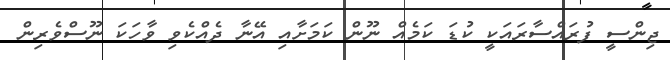
ޖިންސީ ފުރައްސާރައަކީ ކުޑަ ކަމެއް ނޫން ކަމަށާއި އޭނާ ދެއްކެވި ވާހަކަ ނޫސްވެރިން